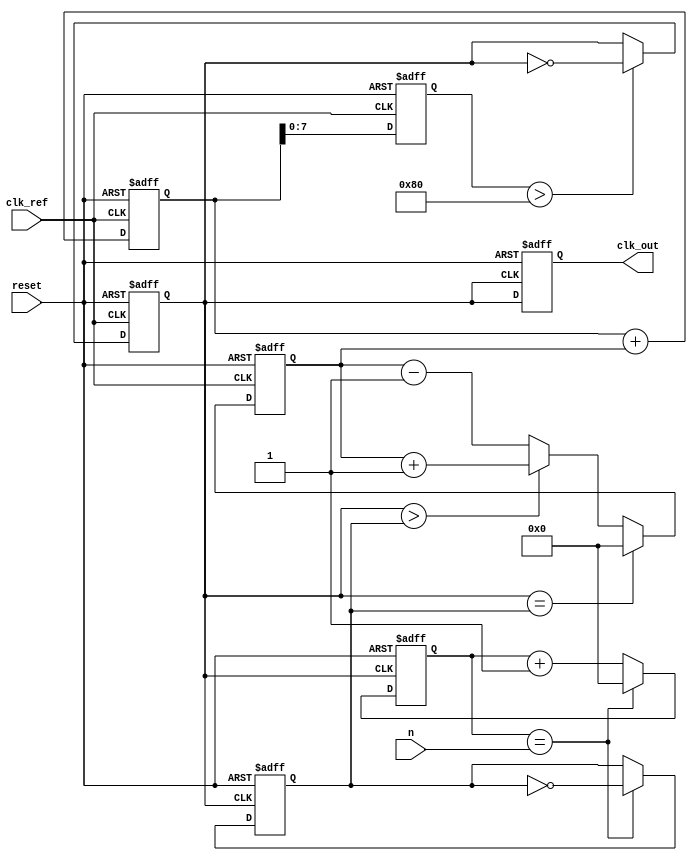
module integer_n_pll (
    input wire clk_ref,             // Reference clock input
    input wire reset,               // Reset signal
    input wire [7:0] n,             // Division ratio (N)
    output reg clk_out              // Output clock signal
);

    // Internal signals
    reg [7:0] phase_error;          // Phase error signal from Phase Detector
    reg [15:0] loop_filter_out;     // Output from Loop Filter
    reg vco_clk;                    // VCO clock signal
    reg [7:0] feedback_counter;      // Counter for feedback division
    reg feedback_clock;             // Feedback clock signal
    reg [7:0] vco_control;          // Control signal for VCO

    // Phase Detector
    always @(posedge clk_ref or posedge reset) begin
        if (reset) begin
            phase_error <= 0;
        end else begin
            if (vco_clk == feedback_clock) begin
                phase_error <= 0; // Ideal case: phase matched
            end else if (vco_clk > feedback_clock) begin
                phase_error <= phase_error + 1; // VCO leads
            end else begin
                phase_error <= phase_error - 1; // VCO lags
            end
        end
    end

    // Loop Filter
    always @(posedge clk_ref or posedge reset) begin
        if (reset) begin
            loop_filter_out <= 0;
        end else begin
            // Simple first-order filter for demonstration
            loop_filter_out <= loop_filter_out + phase_error; 
        end
    end

    // Voltage-Controlled Oscillator (VCO)
    always @(posedge clk_ref or posedge reset) begin
        if (reset) begin
            vco_control <= 0;
            vco_clk <= 0;
        end else begin
            vco_control <= loop_filter_out[7:0]; // Control voltage for VCO
            // Conditions to generate output clock based on control voltage
            if (vco_control > 128) begin
                vco_clk <= ~vco_clk; // Toggle clock based on control voltage
            end
        end
    end

    // Feedback Divider
    always @(posedge vco_clk or posedge reset) begin
        if (reset) begin
            feedback_counter <= 0;
            feedback_clock <= 0;
        end else begin
            if (feedback_counter == n) begin
                feedback_clock <= ~feedback_clock; // Toggle feedback clock
                feedback_counter <= 0; // Reset counter
            end else begin
                feedback_counter <= feedback_counter + 1; // Increment counter
            end
        end
    end

    // Output clock generation
    always @(posedge vco_clk or posedge reset) begin
        if (reset) begin
            clk_out <= 0;
        end else begin
            clk_out <= vco_clk; // Connect VCO output to output clk
        end
    end

endmodule